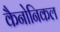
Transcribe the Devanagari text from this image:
कैनोनिकल